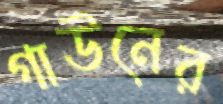
গাউনের